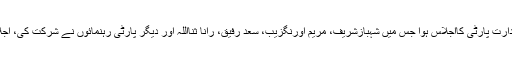
تفصیلات کے مطابق سابق وزیراعظم و مسلم لیگ ( ن ) کے قائد محمد نوازشریف کی زیر صدارت پارٹی کااجلاس ہوا جس میں شہبازشریف، مریم اورنگزیب، سعد رفیق، رانا ثنااللہ اور دیگر پارٹی رہنمائوں نے شرکت کی، اجلاس میں سیاسی صورتحال اور نگران وزیراعلی سمیت آئندہ عام انتخابات پرتبادلہ خیال کیا گیا۔